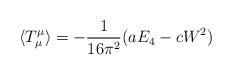
LaTeX: \begin{align*} \langle T_\mu^\mu \rangle = -\frac{1}{16\pi^2} (aE_4 - cW^2)\end{align*}